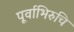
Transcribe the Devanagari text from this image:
पूर्वाभिरुचि